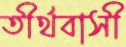
তীর্থবাসী